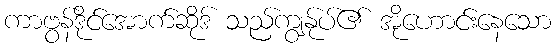
ကာဗွန်ဒိုင်အောက်ဆိုဒ် သည်ကျွန်ုပ်၏ အိုဟောင်းနေသော